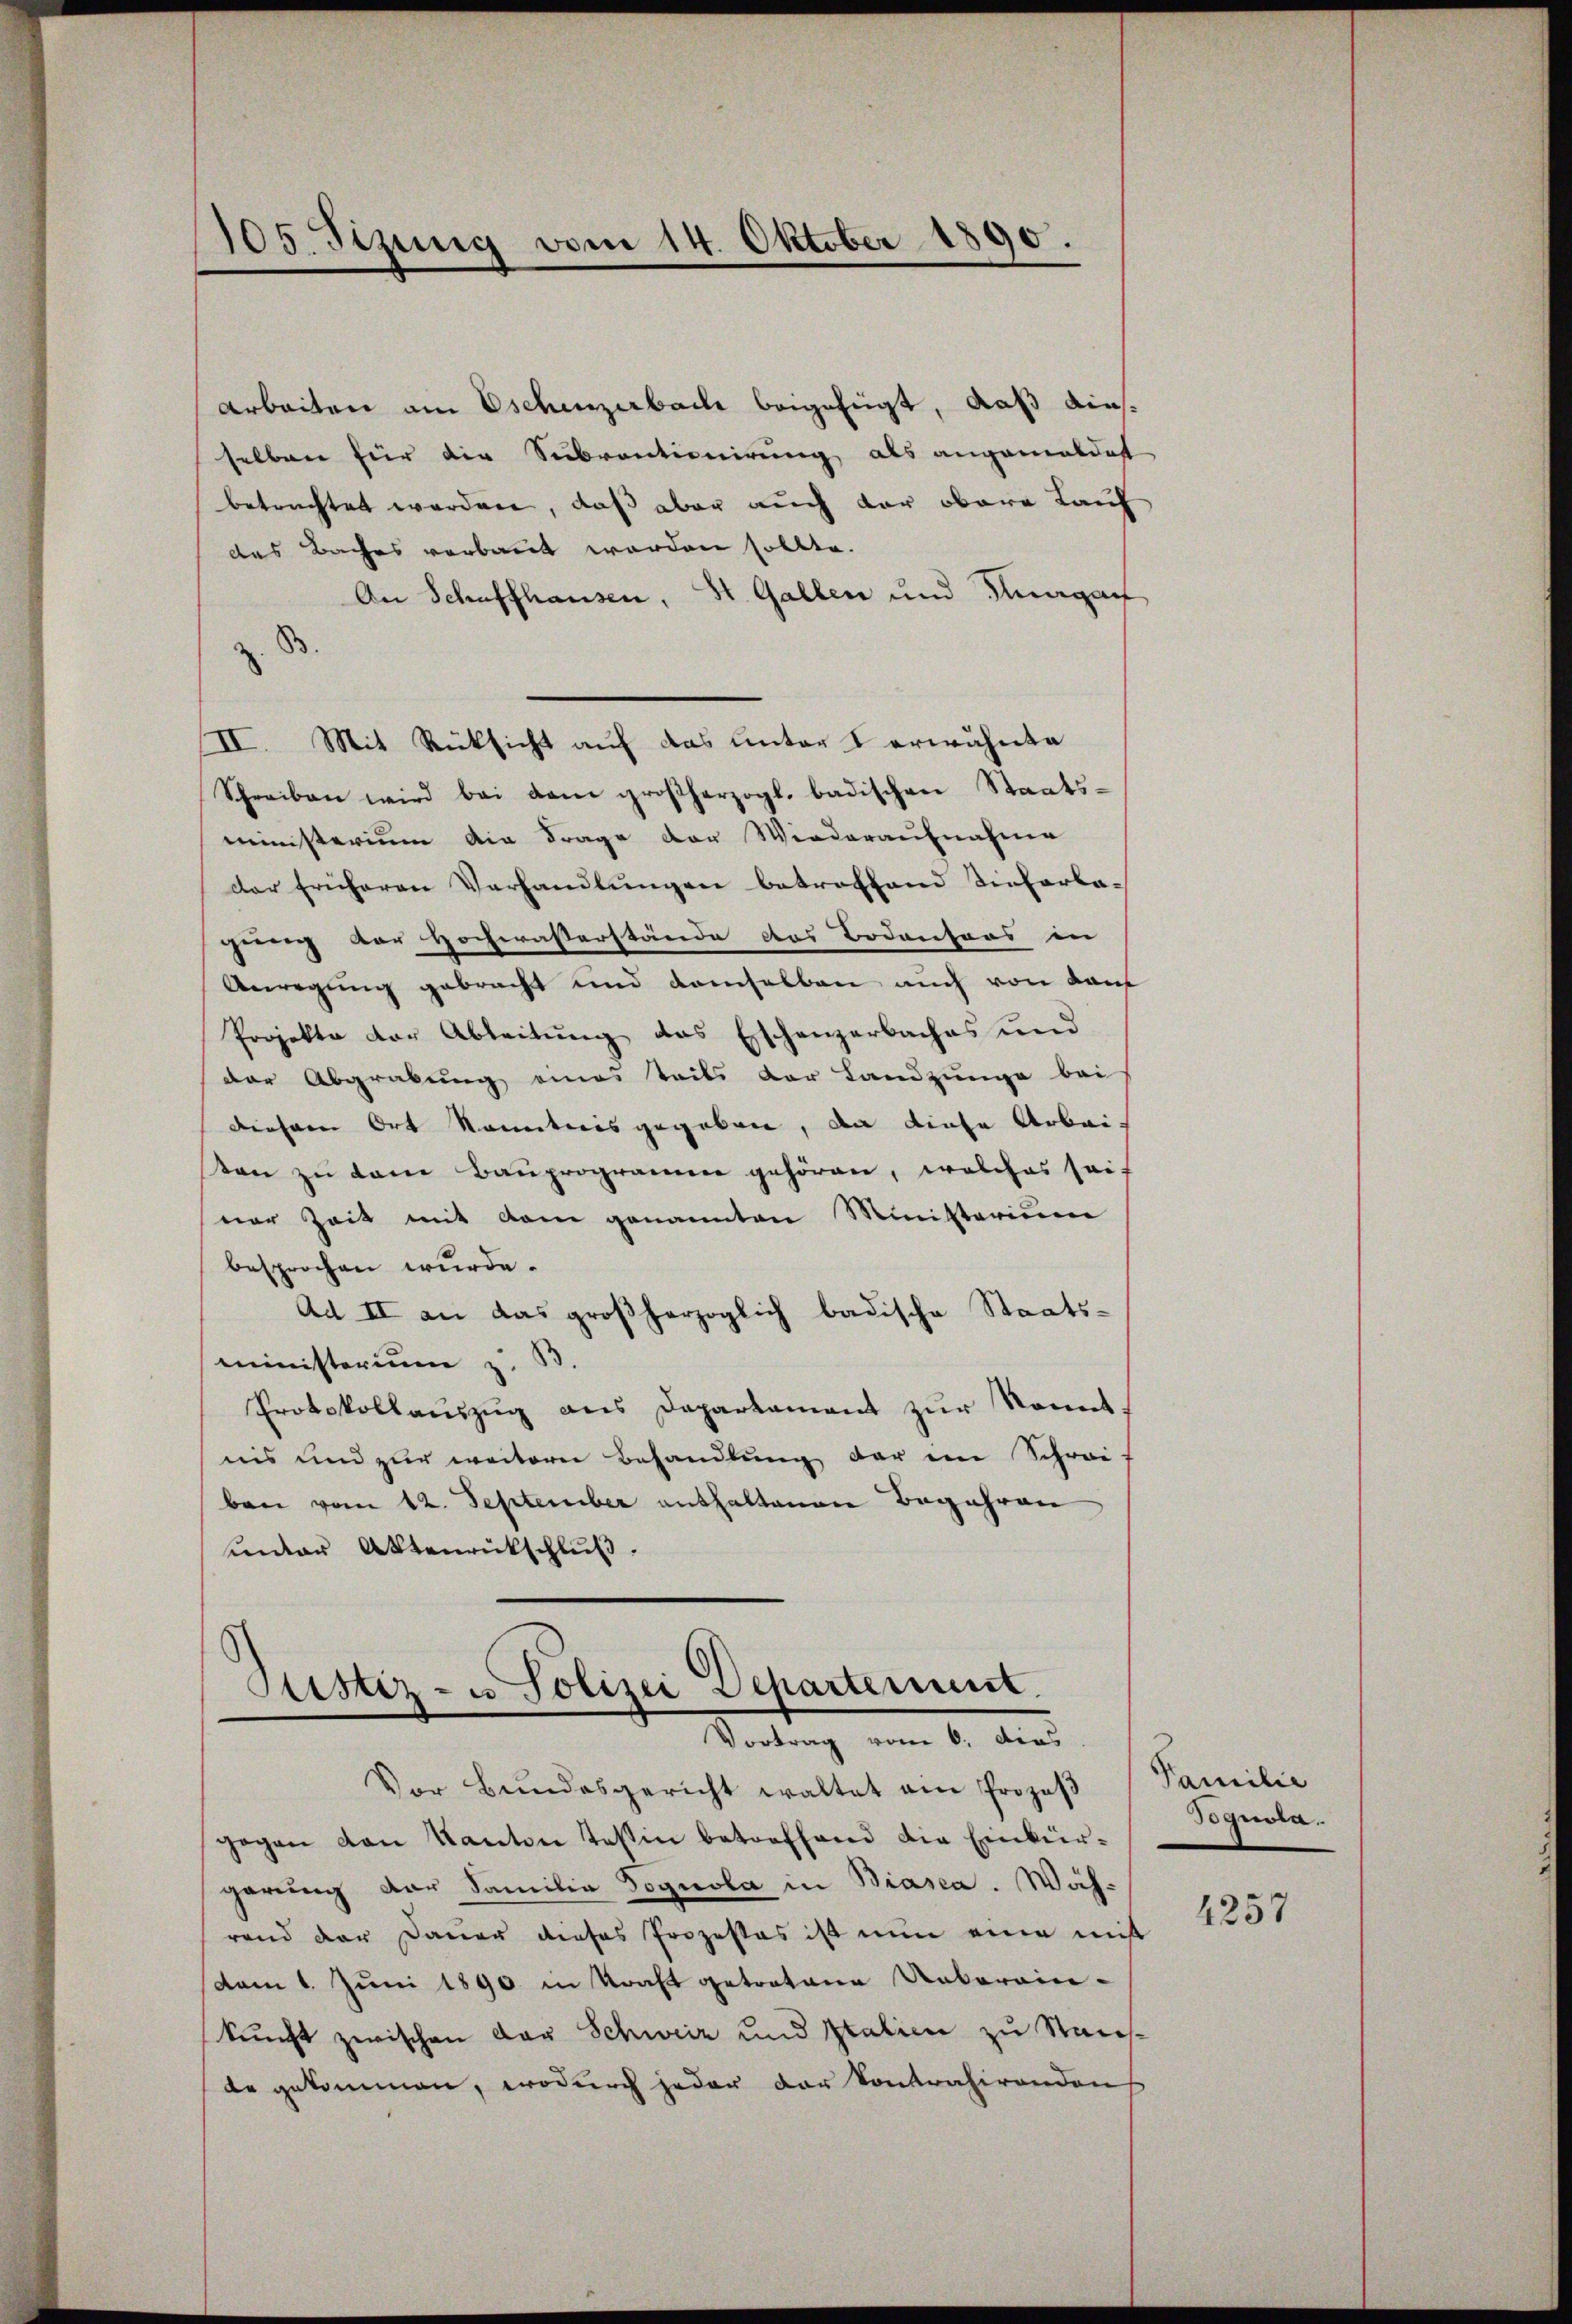
105. Sezung vom 14. Oktober 1890.

Arbeiten am Eschenzerbach beigefügt, daß diesselben für die Subventionirung als angemeldet
betrachtet worden, daß aber auch der obere Lauf
das Baches verbaut worden sollte.
An Schaffhausen, St. Gallen und Thurgau
.
II. Mit Rücksicht auf das unter I erwähnte
Schreiben wird bei dem großherzogl. badischen Staats-
ministerium die Frage der Wiederaufnahme
der früheren Verhandlŭngen betroffend Tieferba-
gerung der Hochwasserstände des Bodensors in
Anregung gebracht und demselben auch von dem
Projekte der Ableitung das Eschenzerbaches und
der Abgrabung eines teils der Landzunge bei
diesem Ort kanntnis gegeben, da diese Arbeiten zu dem Bauprogramer gehören, welches sais
ner Zeit mit dem genannten Ministerium
besprochen wurde.
Ad II an das großherzoglich badische Staats-
ministerium z. B
Protokollaŭszŭg ans Departament zŭr konnt.
nis und zur weitere Behandlung der in Schrei-
ben vom 12. September enthaltenen Begehren
under Aktenrückschluß.

Justiz- u Polizei Departement.
Vortrag vom 6. dies

Vor Bŭndesgericht waltet ain Prozeβ
gegen von Kanton Tessin betreffend die Einkür-
garung der Familie Dognola in Biasca. Während der Dauer dieses Prozesses ist nun eine mit
vom 1. Juni 1890 in Kraft getretene Unterein-
kunft zwischen der Schweiz und Italien zu Stadt-
de gekommen, wodurch jeder der Kontrahirendens

x
2

Familie
Bgnola.

4257